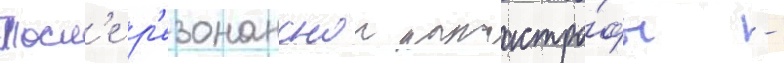
Посл'е р'езонанснои катастро́фы -